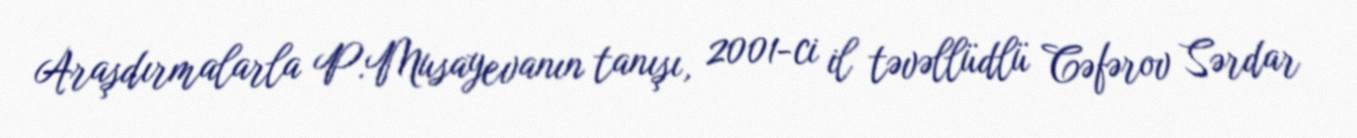
Araşdırmalarla P.Musayevanın tanışı, 2001-ci il təvəllüdlü Cəfərov Sərdar